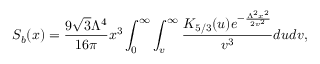
S _ { b } ( x ) = \frac { 9 \sqrt { 3 } \Lambda ^ { 4 } } { 1 6 \pi } x ^ { 3 } \int _ { 0 } ^ { \infty } \int _ { v } ^ { \infty } \frac { K _ { 5 / 3 } ( u ) e ^ { - \frac { \Lambda ^ { 2 } x ^ { 2 } } { 2 v ^ { 2 } } } } { v ^ { 3 } } d u d v ,